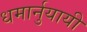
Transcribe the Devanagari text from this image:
धमार्नुयायी